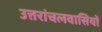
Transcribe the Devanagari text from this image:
उत्तरांचलवासियों